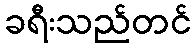
ခရီးသည်တင်